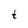
Character: t